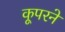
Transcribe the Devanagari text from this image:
कूपरने